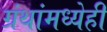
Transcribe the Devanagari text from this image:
ग्रंथांमध्येही